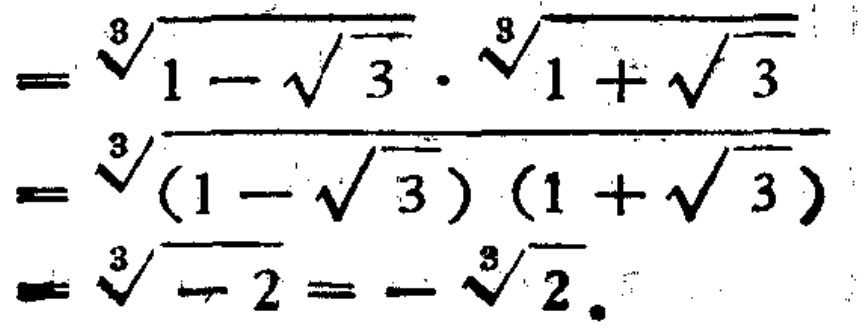
\[
\begin{align*}
&=\sqrt[3]{1 - \sqrt{3}}\cdot\sqrt[3]{1 + \sqrt{3}}\\
&=\sqrt[3]{(1 - \sqrt{3})(1 + \sqrt{3})}\\
&=\sqrt[3]{ - 2}=-\sqrt[3]{2}
\end{align*}
\]